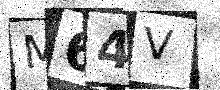
Text: M64V